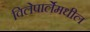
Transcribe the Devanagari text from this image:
विलेपार्लेमधील